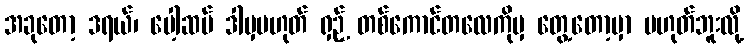
အခုတော့ ဒရယ်၊ ပေါ့ဆမ် ဒါမှမဟုတ် ရှဉ့် တစ်ကောင်တလေကိုမှ တွေ့တော့မှာ မဟုတ်ဘူးလို့